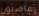
غاضبون